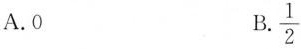
A.0 D.\frac{1}{2}